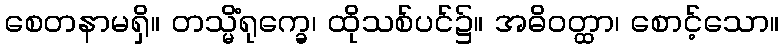
စေတနာမရှိ။ တသ္မိံရုက္ခေ၊ ထိုသစ်ပင်၌။ အဓိဝတ္ထာ၊ စောင့်သော။